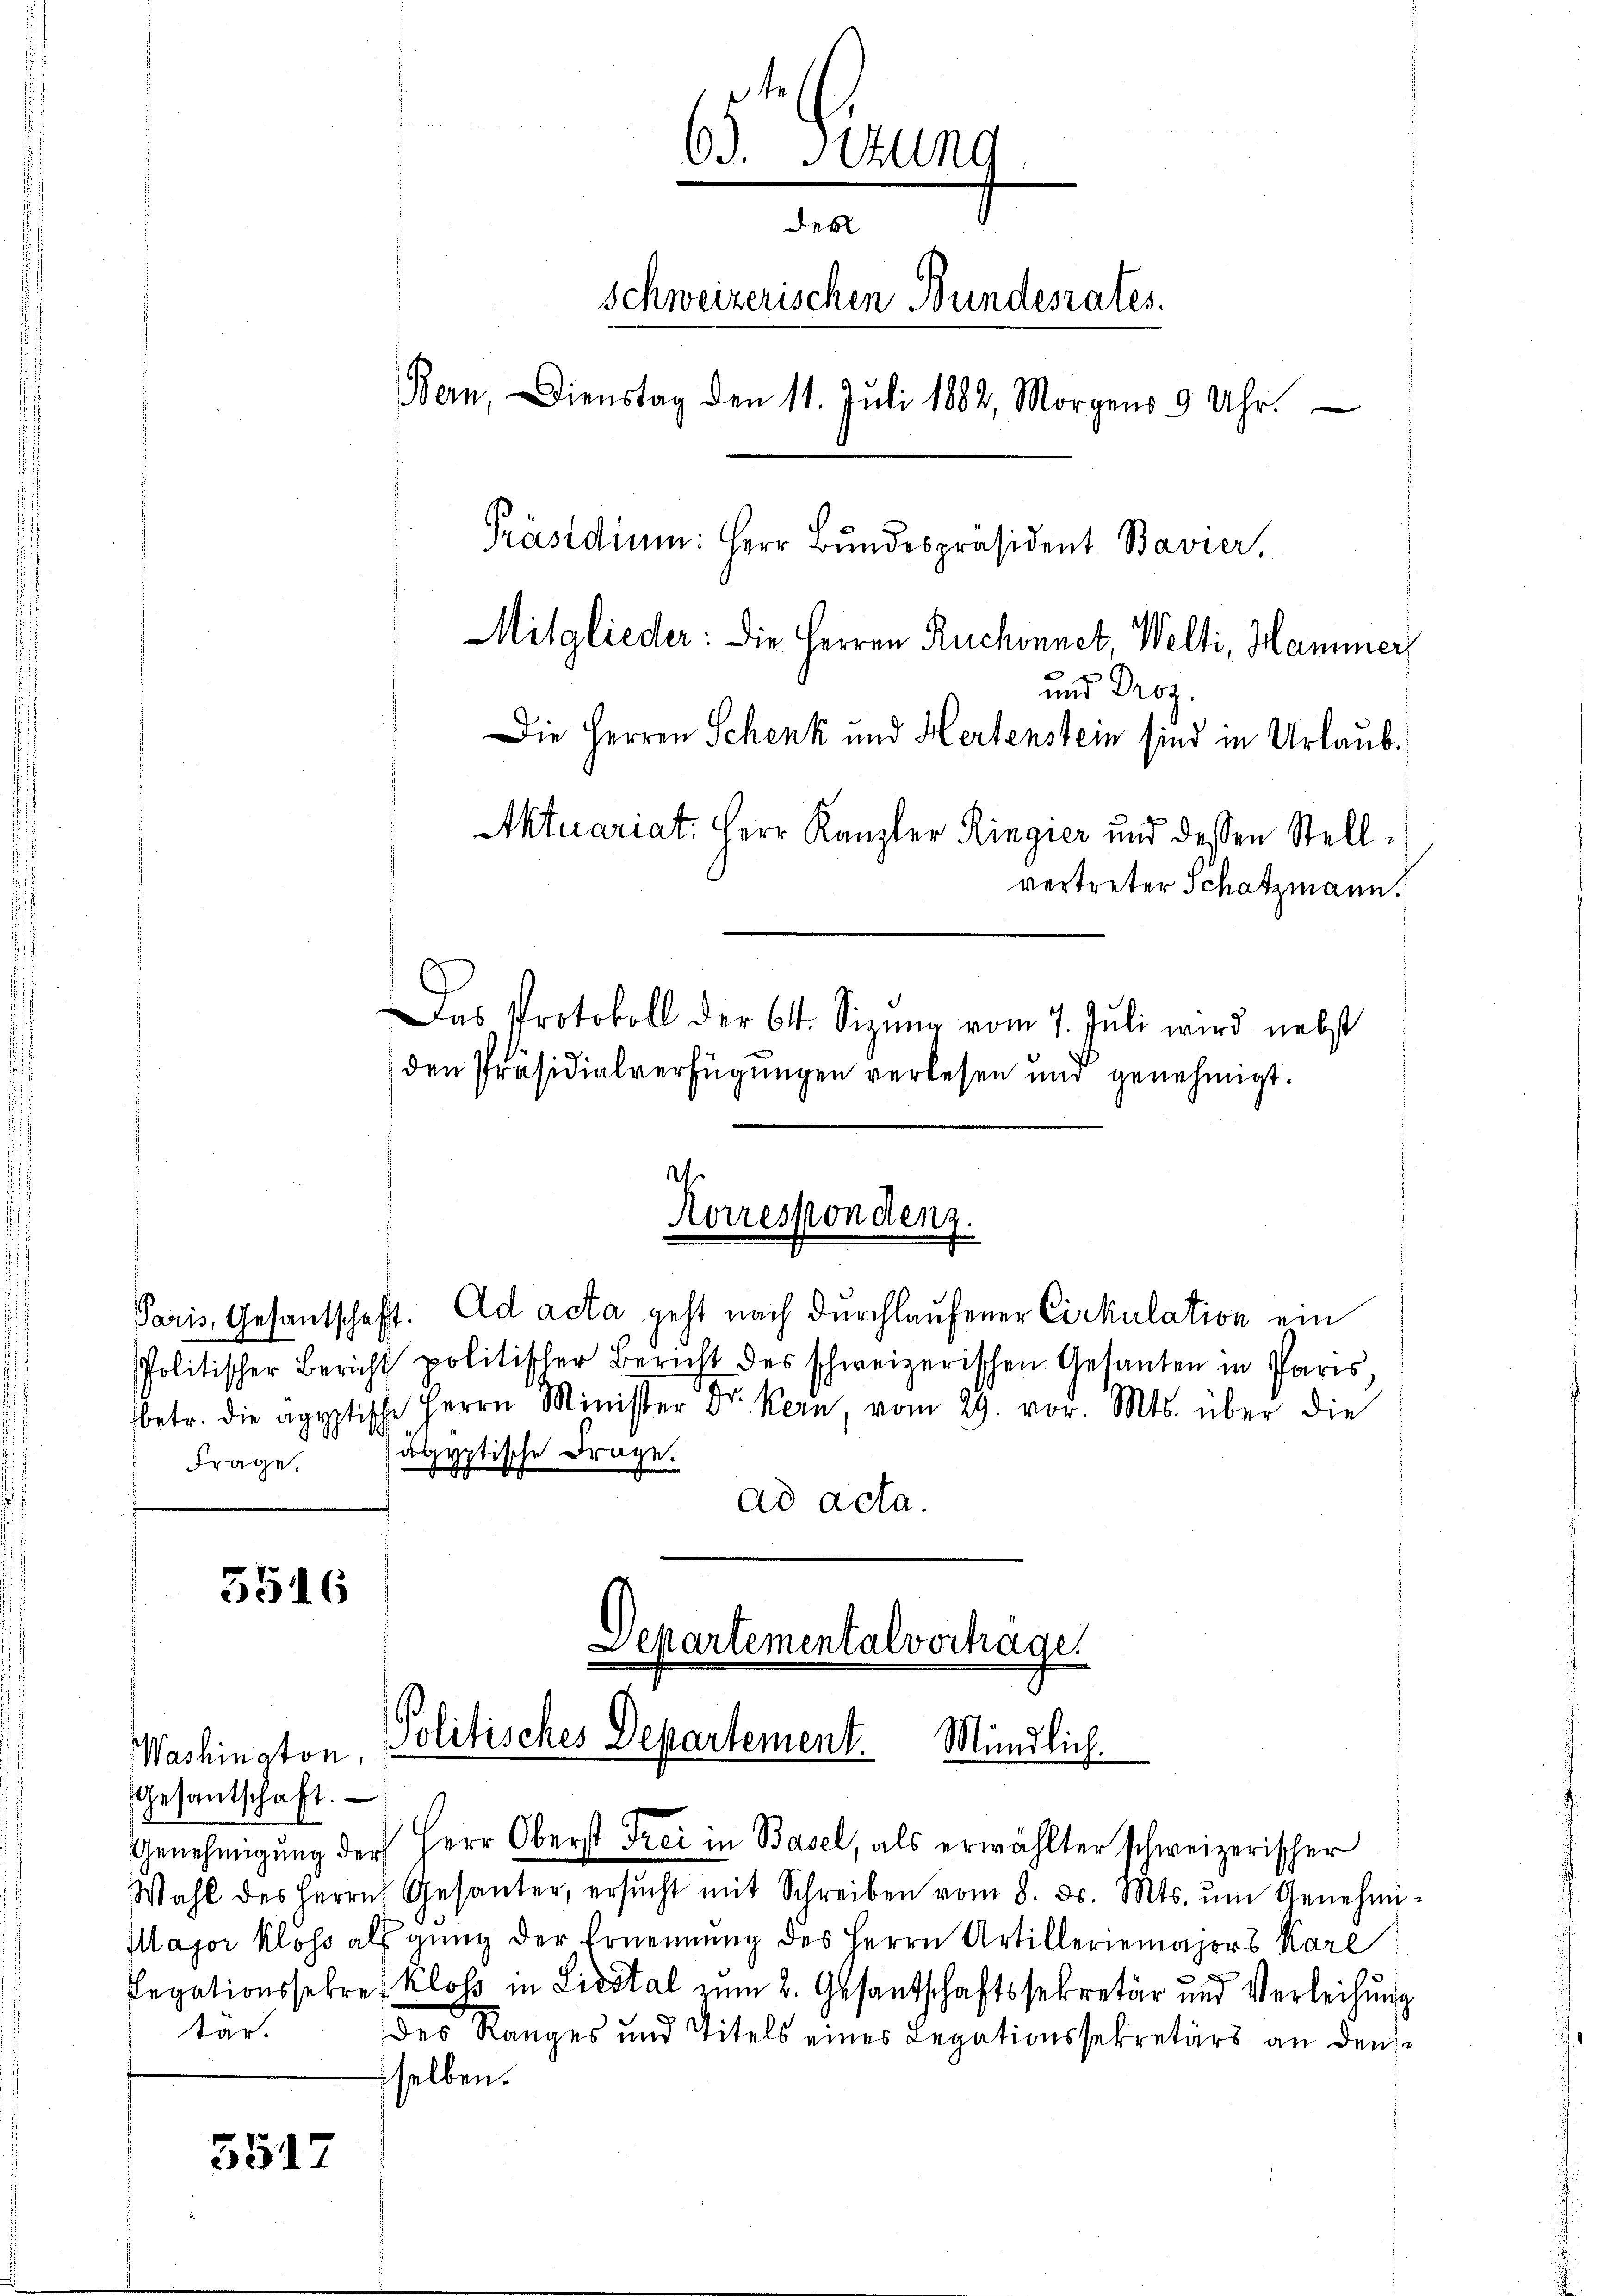
Frage.

3516

5517

den Präsidialverfügungen verlesen und genehmigt.
d
Korrespondenz.
Paris, Gesantschaft. ad acta geht nach Durchlaufener Cirkulation ein
Politischer Bericht politischer Bericht des schweizerischen Gesanten in Paris,
betr. die ägyptische Herrn Minister Dr. Kern, vom 29. vor. Mts. über die
dgyptische Frage.
ad acta.

te
69. Situng
des
Schweizerischen Bundesrates.
Bern, Dienstag den 11. Juli 1882, Morgens 9 Uhr.
Präsidium: Herr Bundespräsident Bavier,
Mitglieder: die Herren Ruchonnet, Welti, Hammer
und Droz.
Die Herren Schenk und Hertenstein sind in Urlaub¬
Aktuariat. Herr Kanzler Ringier und dessen Stellvertreter Schatzmann.

Washington,
Gesantschaft.
Wahl des Herrn Gesanter, ersŭcht mit Schreiben vom 8. d. Mts. ŭm Genehmi-
Major Klöss als ging der Ernennung des Herrn Artilleriemajors Kare
Legationssekret Kloß in Lidstal zum 2. Gesantschaftssekretär und Verleihung
tar.
des Ranges und Titels eines Legationssekretärs an den
selben.

Das Protokoll der 64. Sizŭng vom 7. Jŭli wird nebst

Departemental vortrage.
Politisches Departement. Mündlich.
Genehmigŭng der Herr Oberst Frei in Basel, als erwählter schweizerischer